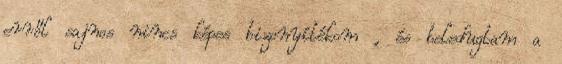
erről sajnos nincs képes bizonyítékom , és beledugtam a